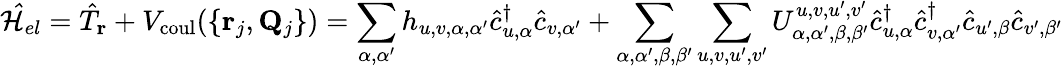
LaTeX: \mathcal{\hat{H}}_{el}=\hat{T}_{\mathbf r}+V_{\mathrm{coul}}(\{ {{\mathbf r}_{j},{\mathbf Q}_{j}}\} )=\sum_{\alpha,\alpha^{\prime}}h_{u,v,\alpha,\alpha^{\prime}}\hat{c}_{u,\alpha}^{\dagger}\hat{c}_{v,\alpha^{\prime}}+\sum_{\alpha,\alpha^{\prime},\beta,\beta^{\prime}}\sum_{u,v,u^{\prime},v^{\prime}}U_{\alpha,\alpha^{\prime},\beta,\beta^{\prime}}^{u,v,u^{\prime},v^{\prime}}\hat{c}_{u,\alpha}^{\dagger}\hat{c}_{v,\alpha^{\prime}}^{\dagger}\hat{c}_{u^{\prime},\beta}\hat{c}_{v^{\prime},\beta^{\prime}}